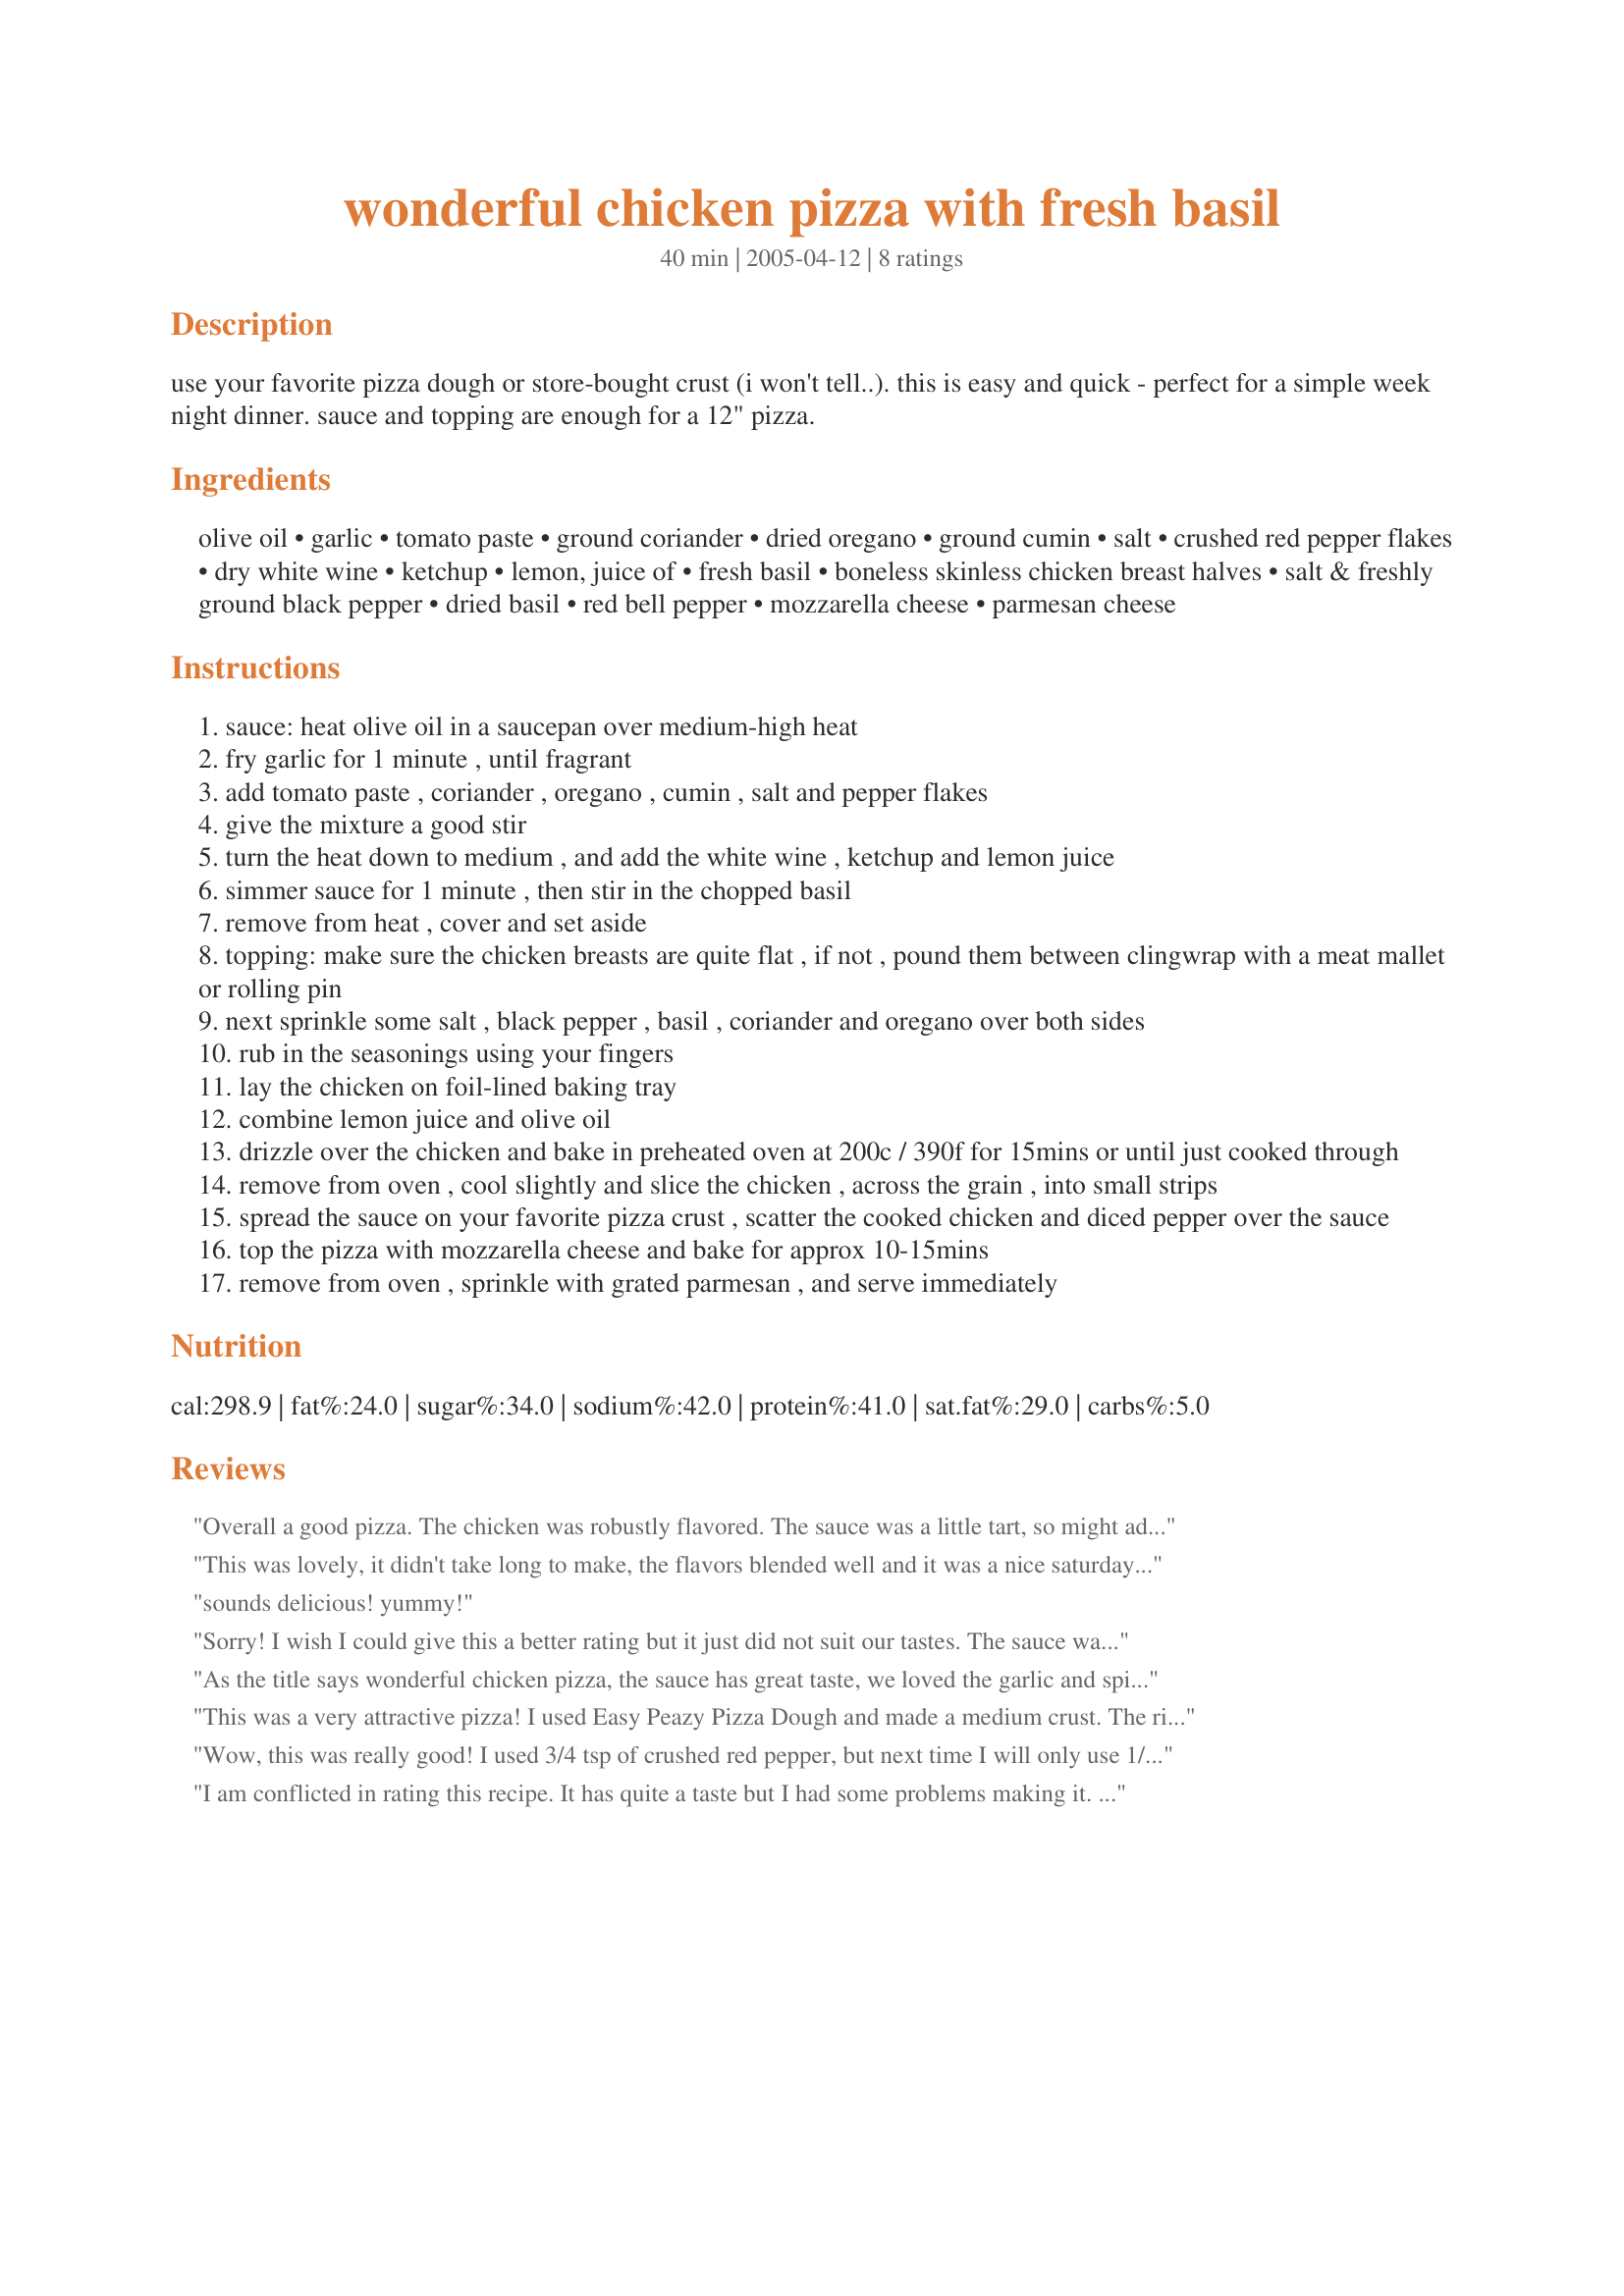
wonderful chicken pizza with fresh basil
Preparation time: 40 minutes

use your favorite pizza dough or store-bought crust (i won't tell..). this is easy and quick - perfect for a simple week night dinner. sauce and topping are enough for a 12" pizza.

Ingredients:
olive oil, garlic, tomato paste, ground coriander, dried oregano, ground cumin, salt, crushed red pepper flakes, dry white wine, ketchup, lemon, juice of, fresh basil, boneless skinless chicken breast halves, salt & freshly ground black pepper, dried basil, red bell pepper, mozzarella cheese, parmesan cheese

Steps:
sauce: heat olive oil in a saucepan over medium-high heat
fry garlic for 1 minute , until fragrant
add tomato paste , coriander , oregano , cumin , salt and pepper flakes
give the mixture a good stir
turn the heat down to medium , and add the white wine , ketchup and lemon juice
simmer sauce for 1 minute , then stir in the chopped basil
remove from heat , cover and set aside
topping: make sure the chicken breasts are quite flat , if not , pound them between clingwrap with a meat mallet or rolling pin
next sprinkle some salt , black pepper , basil , coriander and oregano over both sides
rub in the seasonings using your fingers
lay the chicken on foil-lined baking tray
combine lemon juice and olive oil
drizzle over the chicken and bake in preheated oven at 200c / 390f for 15mins or until just cooked through
remove from oven , cool slightly and slice the chicken , across the grain , into small strips
spread the sauce on your favorite pizza crust , scatter the cooked chicken and diced pepper over the sauce
top the pizza with mozzarella cheese and bake for approx 10-15mins
remove from oven , sprinkle with grated parmesan , and serve immediately

Reviews:
Overall a good pizza. The chicken was robustly flavored. The sauce was a little tart, so might add a small amount of sugar to the sauce. Fun to try something different.
This was lovely, it didn't take long to make, the flavors blended well and it was a nice saturday dinner.
Great recipe will make again.
sounds delicious! yummy!
Sorry! I wish I could give this a better rating but it just did not suit our tastes. The sauce was quite bitter, maybe my wine was very dry?? and using lemon juice with the chicken gave it a sour taste. I used recipe#556 for the crust which I thought would be a perfect addition to the other ingredients. Presentation-wise it was visually appealing with the bright red peppers, but it just was not for us.
As the title says wonderful chicken pizza, the sauce has great taste, we loved the garlic and spices, nice combination and the fresh basil added a lovely finish. The topping was excellant too, we just loved the whole thing. I did have to cook it about twice the time indicated but that was because I used raw pizza dough. Thanks for sharing and good luck in the contest.
This was a very attractive pizza! I used Easy Peazy Pizza Dough and made a medium crust. The rich sauce was a nice pretty color & the right thickness for pizza. Both DH & I found the pizza just a little hot for our tastes. Next time I would reduce the 2t of red pepper flakes by at least half & also add just a pinch of sugar to cut the tartness of the tomato paste. The flavored chicken smelled wonderful while cooking, but that flavor was hidden under the heat of the sauce. With the reduction in heat, I will make this again!
Wow, this was really good! I used 3/4 tsp of crushed red pepper, but next time I will only use 1/4 tsp - it burned so bad we were chugging water the whole time! But other than that, the sauce had a good flavor, and we really enjoyed the chicken in it. Thanks!
I am conflicted in rating this recipe. It has quite a taste but I had some problems making it. First, the ingredient list does not include pizza dough/crust and this recipe cannot be made without it. I check recipe ingredient lists to ensure I have everything and nearly found myself making a pizza without a crust. Second, I put on a lot of chicken and red pepper (nearly covering a 12" pizza) but still had lots left over, including about 1/2 the small red pepper. Third, there is no mention of the temperature at which to bake the pizza. I guessed and it worked. DH did love this as it had quite a kick and I only used 1/2 tsp of the red pepper flakes. I put it back in the oven for a few seconds after putting on the parmesan cheese. I also cooked the chicken ahead of time. Overall, a tasty, easy recipe.
